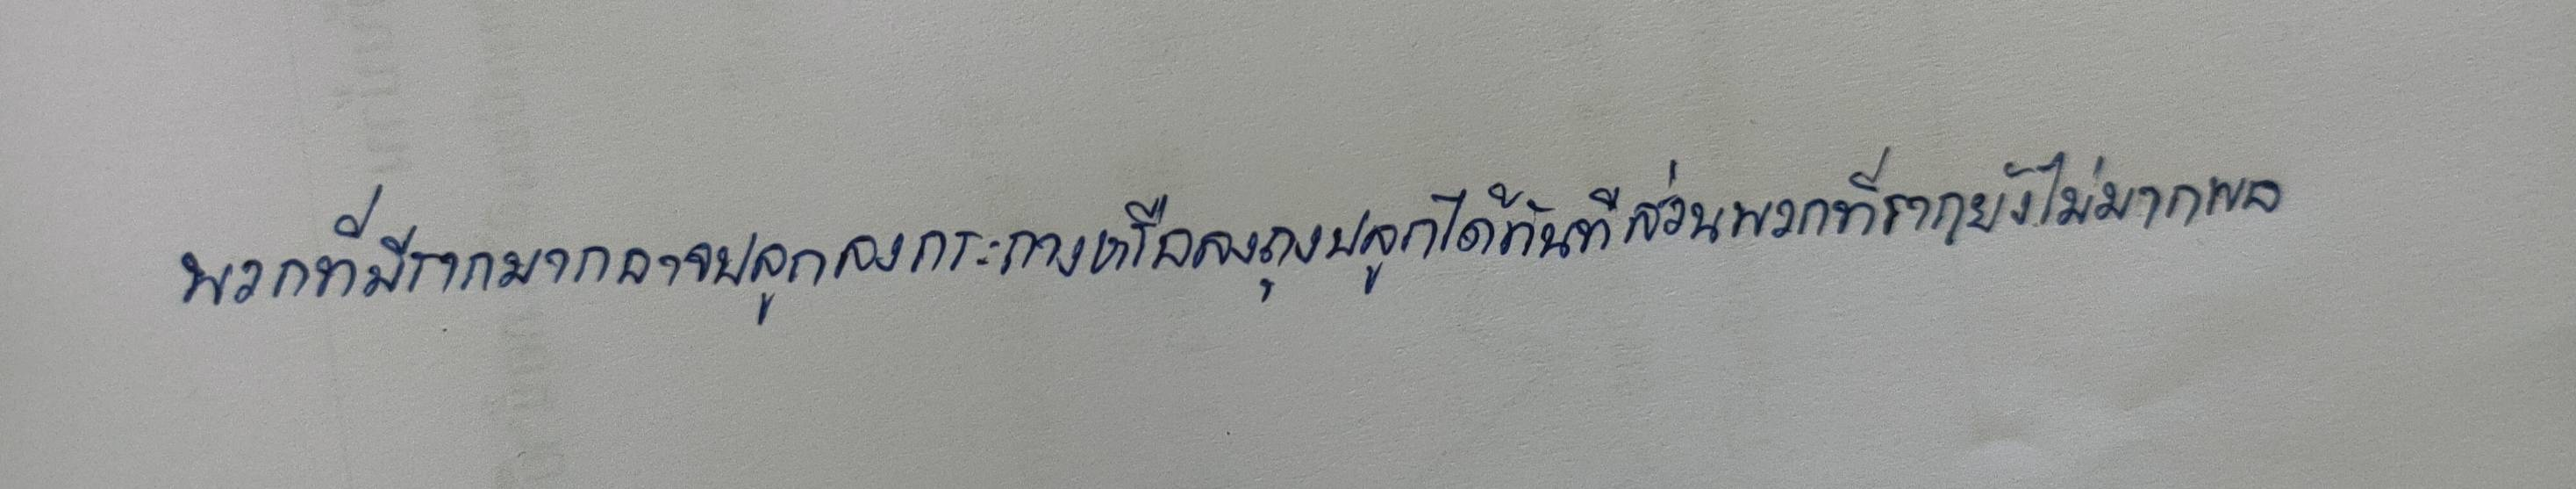
พวกที่มีรากมากอาจปลูกลงกระถางหรือลงถุงปลูกได้ทันทีส่วนพวกที่รากยังไม่มากพอ